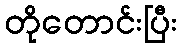
တိုတောင်းပြီး